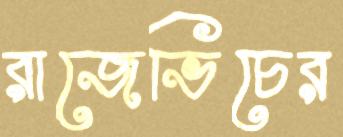
রাজেভিচের